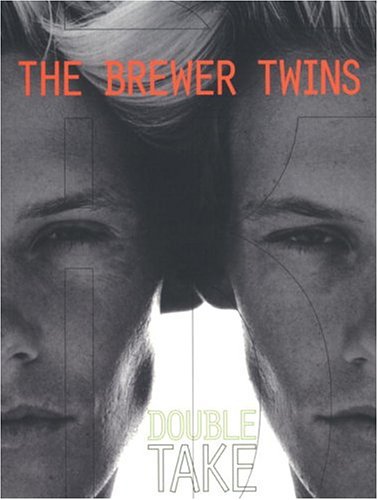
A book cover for Brewer Twins: Double Take; Paul West; Arts & Photography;